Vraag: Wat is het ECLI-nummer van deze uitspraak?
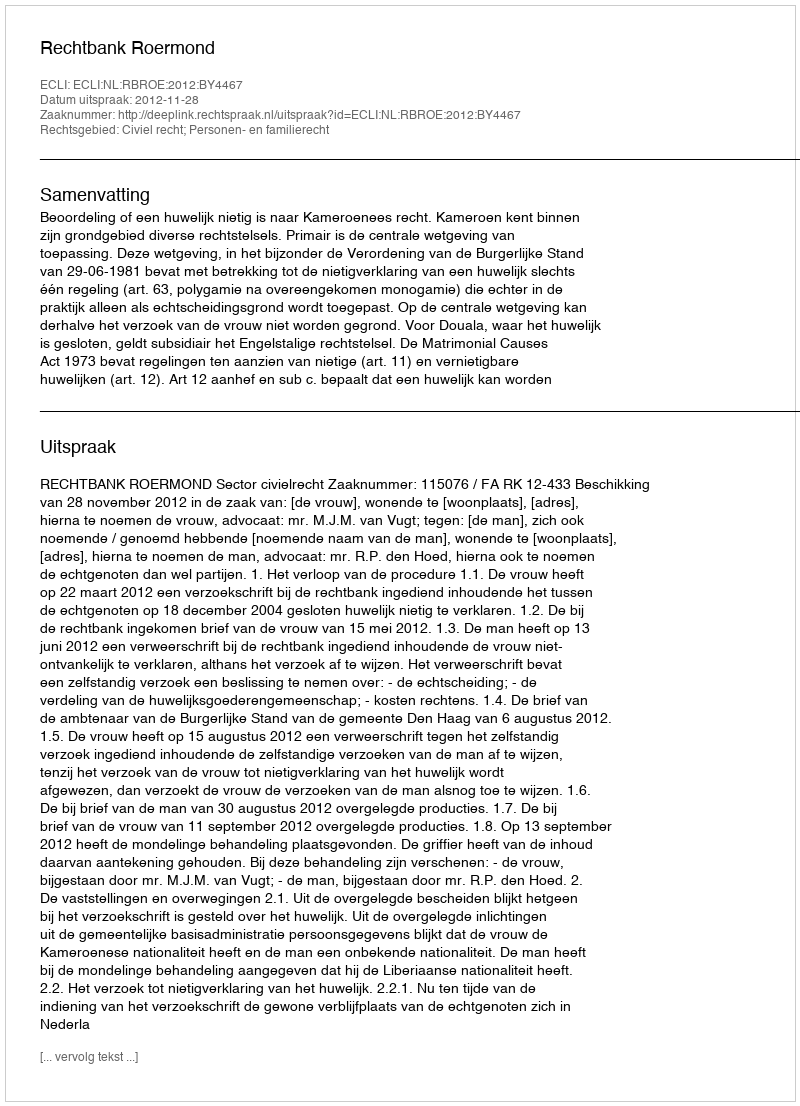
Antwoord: ECLI:NL:RBROE:2012:BY4467